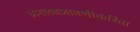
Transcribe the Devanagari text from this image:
अंमलबजावणीकरिता